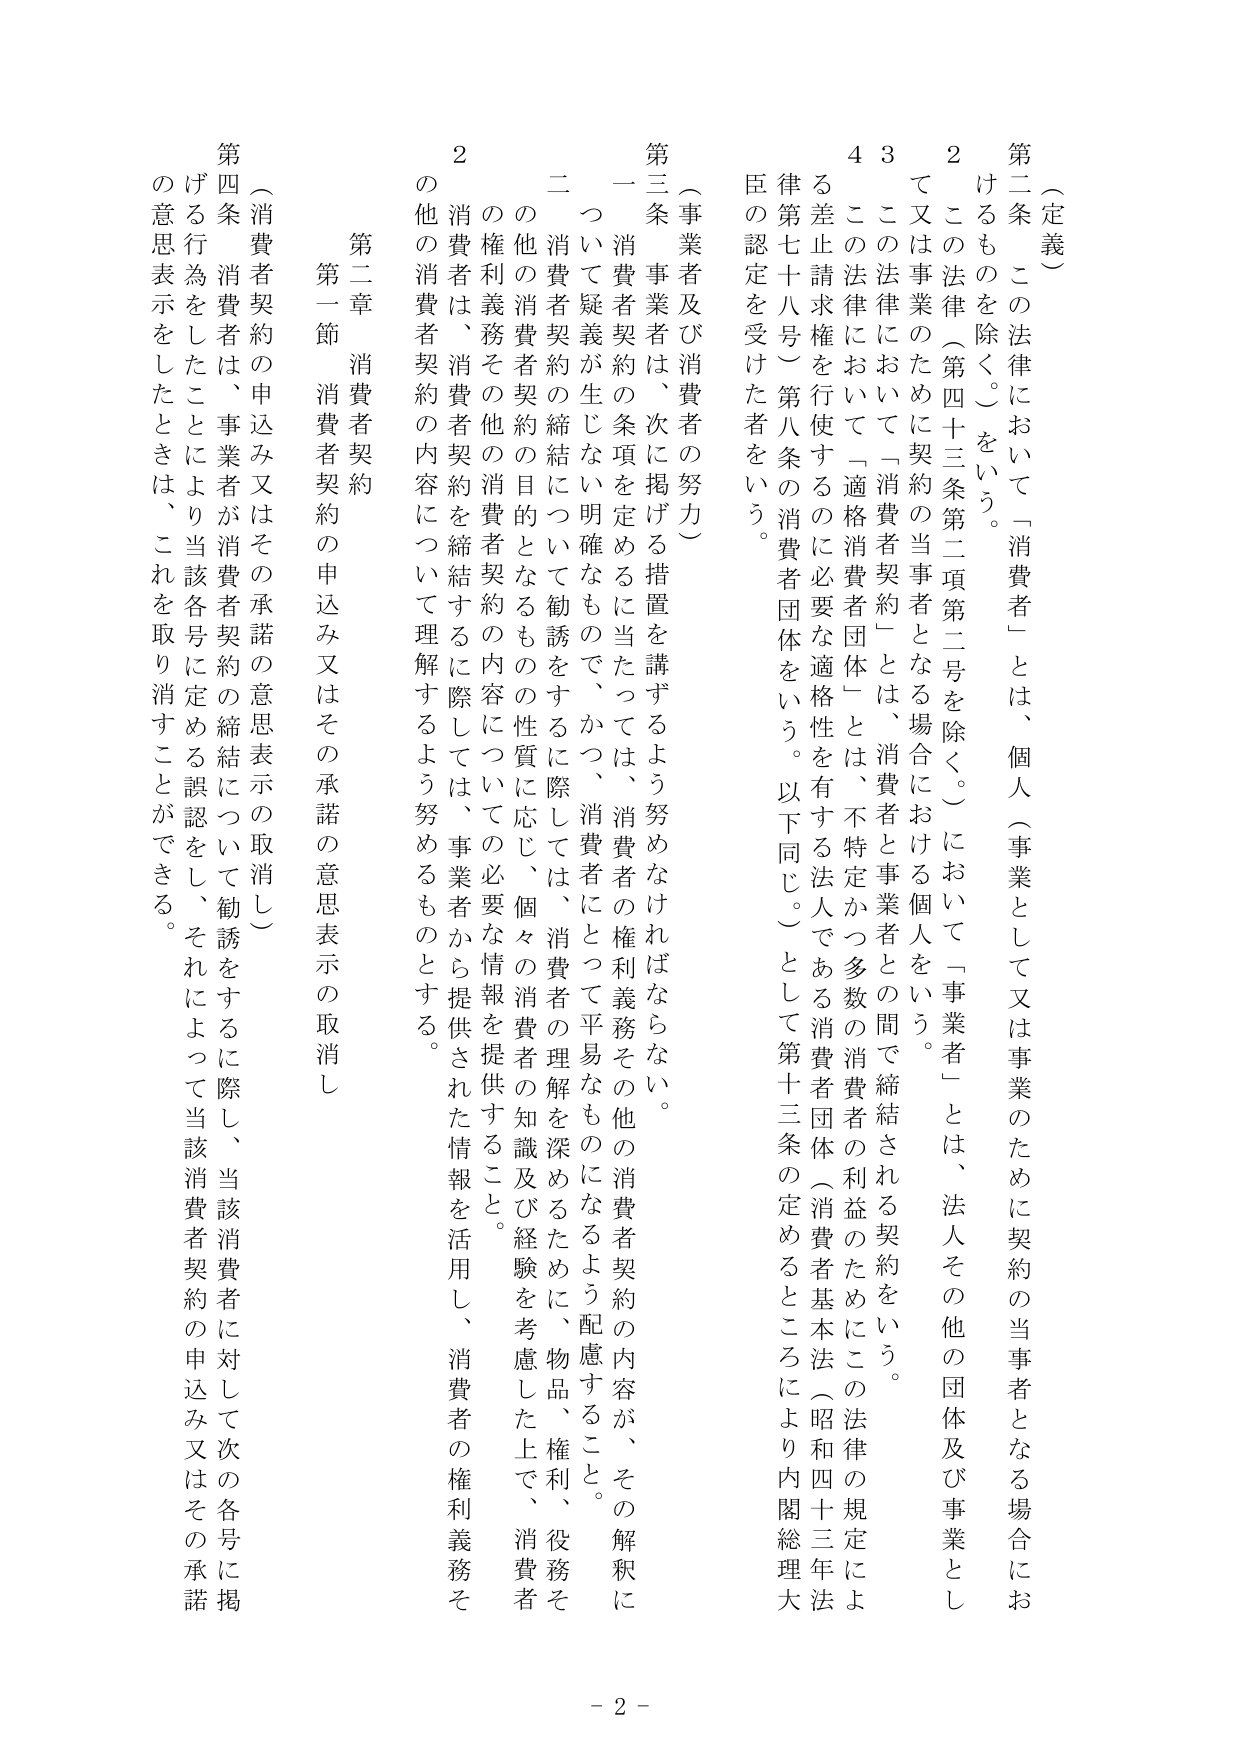
（定義）

第二条　この法律において「消費者」とは、個人（事業として又は事業のために契約の当事者となる場合におけるものを除く。）をいう。

２　この法律（第四十三条第二項第二号を除く。）において「事業者」とは、法人その他の団体及び事業として又は事業のために契約の当事者となる場合における個人をいう。

３　この法律において「消費の当事者となる場合における個人をいう。

４　この法律において「適格消費者団体」とは、消費者と事業者との間で締結される契約をいう。

　　律第七十八号）第八条の消費者団体をいう。以下同じ。）として第十三条の定めるところにより内閣総理大臣の認定を受けた者をいう。

（事業者及び消費者の努力）

第三条　事業者は、次に掲げる措置を講ずるよう努めなければならない。

一　消費者契約の条項を定めるに当たっては、消費者の権利義務その他の消費者契約の内容が、その解釈について疑義が生じない明確なもので、かつ、消費者にとって平易なものになるよう配慮すること。

二　消費者契約の締結について勧誘をするに際しては、消費者の理解を深めるために、物品、権利、役務その他の消費者契約の目的となるものの性質に応じ、個々の消費者の知識及び経験を考慮した上で、消費者の権利義務その他の消費者契約の内容についての必要な情報を提供すること。

２　消費者は、消費者契約を締結するに際しては、事業者から提供された情報を活用し、消費者の権利義務その他の消費者契約の内容について理解するよう努めるものとする。

第二章　消費者契約

第一節　消費者契約の申込み又はその承諾の意思表示の取消し

（消費者契約の申込み又はその承諾の意思表示の取消し）

第四条　消費者は、事業者が消費者契約の締結について勧誘をするに際し、当該消費者に対して次の各号に掲げる行為をしたことにより当該各号に定める誤認をし、それによって当該消費者契約の申込み又はその承諾の意思表示をしたときは、これを取り消すことができる。

- 2 -